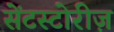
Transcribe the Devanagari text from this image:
सेंटस्टोरीज़